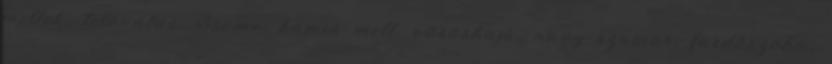
mellek, tetoválás, 3some, hamis mell, vöröshajú, nagy szamár, fürdőszoba,